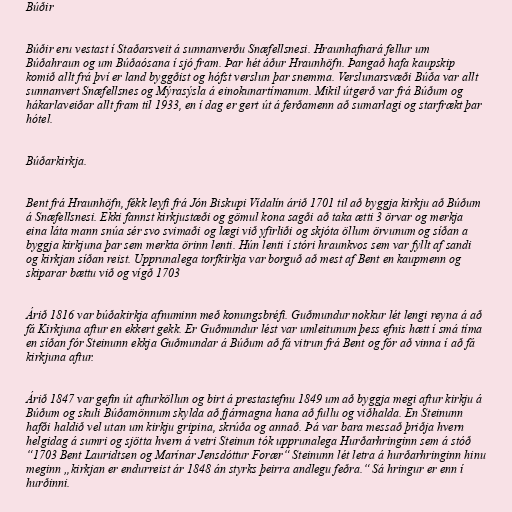
Búðir

Búðir eru vestast í Staðarsveit á sunnanverðu Snæfellsnesi. Hraunhafnará fellur um
Búðahraun og um Búðaósana í sjó fram. Þar hét áður Hraunhöfn. Þangað hafa kaupskip
komið allt frá því er land byggðist og hófst verslun þar snemma. Verslunarsvæði Búða var allt
sunnanvert Snæfellsnes og Mýrasýsla á einokunartímanum. Mikil útgerð var frá Búðum og
hákarlaveiðar allt fram til 1933, en í dag er gert út á ferðamenn að sumarlagi og starfrækt þar
hótel.

Búðarkirkja.

Bent frá Hraunhöfn, fékk leyfi frá Jón Biskupi Vídalín árið 1701 til að byggja kirkju að Búðum
á Snæfellsnesi. Ekki fannst kirkjustæði og gömul kona sagði að taka ætti 3 örvar og merkja
eina láta mann snúa sér svo svimaði og lægi við yfirliði og skjóta öllum örvunum og síðan a
byggja kirkjuna þar sem merkta örinn lenti. Hún lenti í stóri hraunkvos sem var fyllt af sandi
og kirkjan síðan reist. Upprunalega torfkirkja var borguð að mest af Bent en kaupmenn og
skiparar bættu við og vígð 1703

Árið 1816 var búðakirkja afnuminn með konungsbréfi. Guðmundur nokkur lét lengi reyna á að
fá Kirkjuna aftur en ekkert gekk. Er Guðmundur lést var umleitunum þess efnis hætt í smá tíma
en síðan fór Steinunn ekkja Guðmundar á Búðum að fá vitrun frá Bent og fór að vinna í að fá
kirkjuna aftur.

Árið 1847 var gefin út afturköllun og birt á prestastefnu 1849 um að byggja megi aftur kirkju á
Búðum og skuli Búðamönnum skylda að fjármagna hana að fullu og viðhalda. En Steinunn
hafði haldið vel utan um kirkju gripina, skrúða og annað. Þá var bara messað þriðja hvern
helgidag á sumri og sjötta hvern á vetri Steinun tók upprunalega Hurðarhringinn sem á stóð
“1703 Bent Lauridtsen og Marínar Jensdóttur Forær“ Steinunn lét letra á hurðarhringinn hinu
meginn „kirkjan er endurreist ár 1848 án styrks þeirra andlegu feðra.“ Sá hringur er enn í
hurðinni.